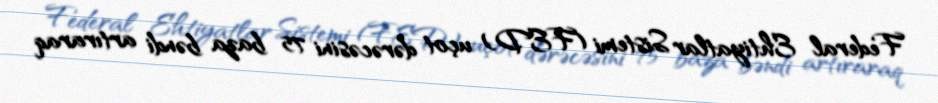
Federal Ehtiyatlar Sistemi (FED) uçot dərəcəsini 75 baza bəndi artıraraq